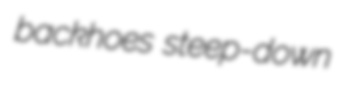
backhoes steep-down